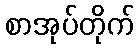
စာအုပ်တိုက်